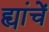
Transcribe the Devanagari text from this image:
ह्यांचें